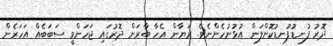
ދޮރު ފުނޑުފުނޑުކޮށްލަން އުޅުނުހެންނެވެ. ރަޔާން އެހާ ބާރަށް ދޮރުގައި ޖަހަންވީ ސަބަބެއް އަހަރެން